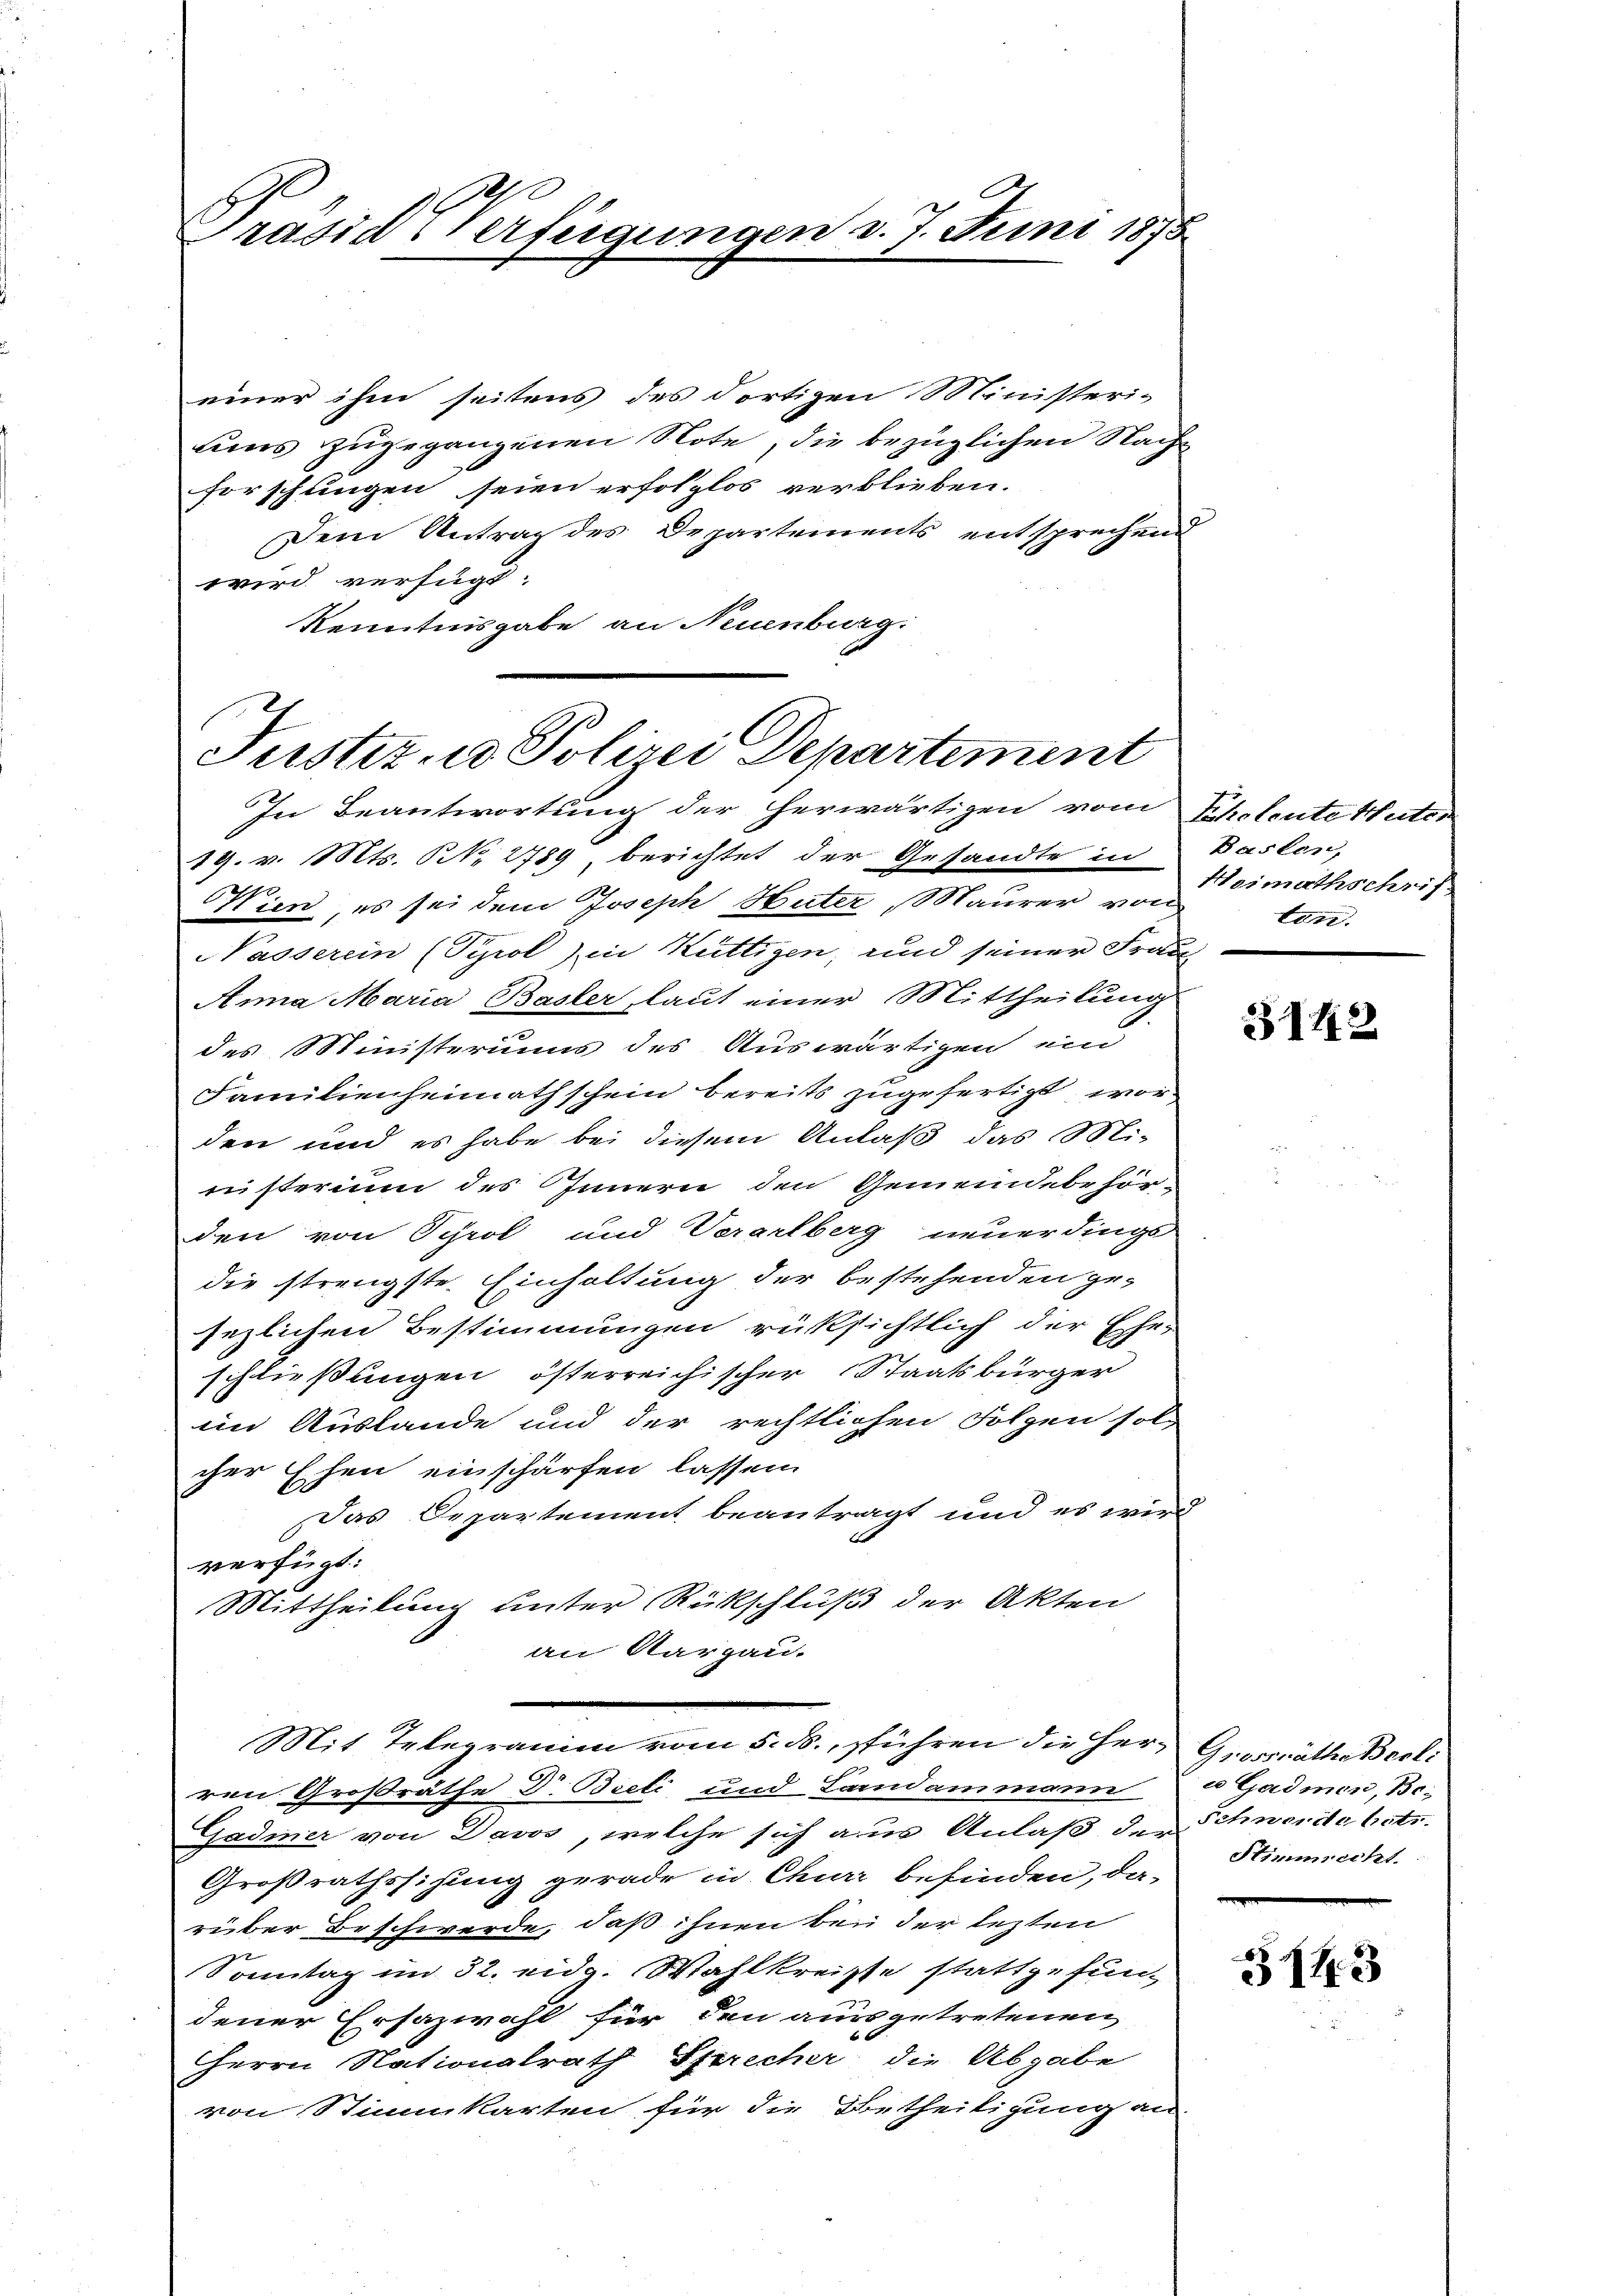
Präsid Verfügungen d. 7. Juni 1875

einer ihm seitens des dortigen Ministeri-
uns zugegangenen Note, die bezüglichen Nachforschlingen seien erfolglos verblieben.
Dem Antrag des Departements entsprechend
wird verfügt:
Kenntnisgabe an Neuenburg.

Justiz- u Polizei Departement

In Beantwortung der herwärtigen vom Scholente Huter
19. v. Mts. N. 2789, berichtet der Gesandte in Baslen,
Wien, es sei dem Joseph Huter, Maurer von
Nasserein (Tyrol) in Küttigen, und seiner Frau
Anna Maria Basler, laut einer Mittheilung
des Ministeriums des Auswärtigen ein
Familienheimathschein bereits zugefertigt wor
den und es habe bei diesem Anlaß das Ministerium des Innern den Gemeindebehör-
den von Sprol und Verartberg neuerdinge
die strengste Einhaltung der bestehenden ge-
sezlichen Bestimmungen rücksichtlich der Ehe-
schließungen österreichischer Staatsbürger
eim Austande und der rechtlichen Folgen sol
cher Ehen einschärfen lassen.
Das Departement beantragt und es wird
verfügt:
Mittheilung unter Rückschluß der Akten
an Aargau.
Mit Telegramm vom 5. ds., sführen die Herr Grossrath Berli
ren Großräthe Dr. Bieli und Landammann Gadmen, Be¬
Gadmer von Davos, welche sich aus Anlaß der Schwerde betr.
Großrathssizung gerade in Churr befinden, da-
rüber Beschwerde, daß ihnen bei der lezten
Sonntag im 32. eidg. Wahlkreisse stattgefun-
dener Ersazwahl für den ausgetretenen
Herrn Nationalrath Sprecher die Abgabe
von Stimmkarten für die Betheiligung an

Heimathschrif
ten.

3142

Stimmrecht.

5143